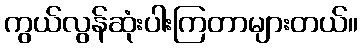
ကွယ်လွန်ဆုံးပါးကြတာများတယ်။